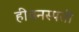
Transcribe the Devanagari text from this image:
हीवनस्पती